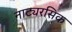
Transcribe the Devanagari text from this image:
नाट्यरसिक